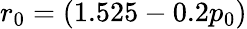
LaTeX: r_{0}=(1.525-0.2p_{0})